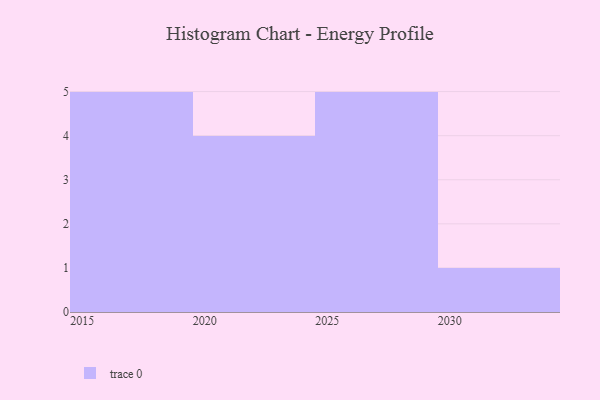
{"axis": {"x": "Year", "y": "Energy Usage (MWh)"}, "legend": [""], "data": [{"x": "2023", "y": 73, "type": ""}, {"x": "2017", "y": 69, "type": ""}, {"x": "2019", "y": 85, "type": ""}, {"x": "2022", "y": 82, "type": ""}, {"x": "2021", "y": 35, "type": ""}, {"x": "2028", "y": 5, "type": ""}, {"x": "2024", "y": 73, "type": ""}, {"x": "2018", "y": 35, "type": ""}, {"x": "2025", "y": 23, "type": ""}, {"x": "2015", "y": 46, "type": ""}, {"x": "2030", "y": 94, "type": ""}, {"x": "2029", "y": 79, "type": ""}, {"x": "2027", "y": 69, "type": ""}, {"x": "2026", "y": 92, "type": ""}, {"x": "2016", "y": 60, "type": ""}]}